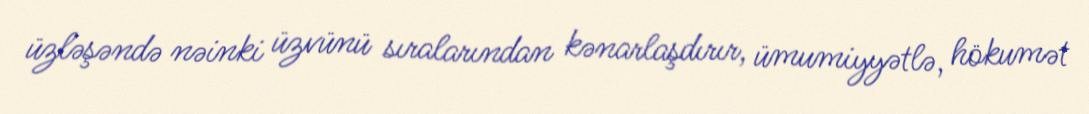
üzləşəndə nəinki üzvünü sıralarından kənarlaşdırır, ümumiyyətlə, hökumət